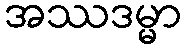
အဿဒမ္မာ